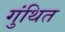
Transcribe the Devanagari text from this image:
गुंथित